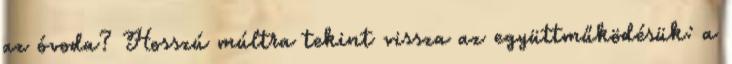
az óvoda? Hosszú múltra tekint vissza az együttműködésük: a